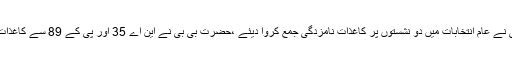
نجی ٹی وی چینل کے مطابق بنوں سے 100 سالہ خاتون حضرت بی بی نے عام انتخابات میں دو نشستوں پر کاغذات نامزدگی جمع کروا دیئے ،حضرت بی بی نے این اے 35 اور پی کے 89 سے کاغذات نامزدگی جمع کرائے، ریٹرننگ افسر نے خاتون کی فیس معاف کردی۔